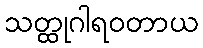
သတ္ထုဂါရဝတာယ